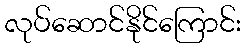
လုပ်ဆောင်နိုင်ကြောင်း